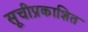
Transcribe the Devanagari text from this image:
सूचीप्रकाशित